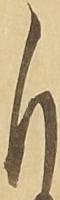
自